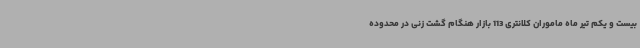
بیست و یکم تیر ماه ماموران کلانتری 113 بازار هنگام گشت زنی در محدوده